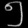
Digit: ၅